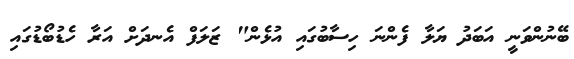
ބޭނުންވަނީ އަބަދު ޔަލާ ފެންނަ ހިސާބުގައި އުޅެން" ޒަލަފް އެނދަށް އަރާ ހެޑުބޯޑުގައި